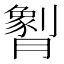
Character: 𬂖